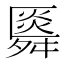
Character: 䑞